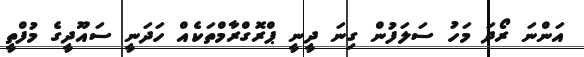
އަންނަ ރޯދަ މަހު ސަލަފުން ގިނަ ދީނީ ޕްރޮގްރާމްތަކެއް ހަަދަނީ ސައޫދީގެ މުފްތީ